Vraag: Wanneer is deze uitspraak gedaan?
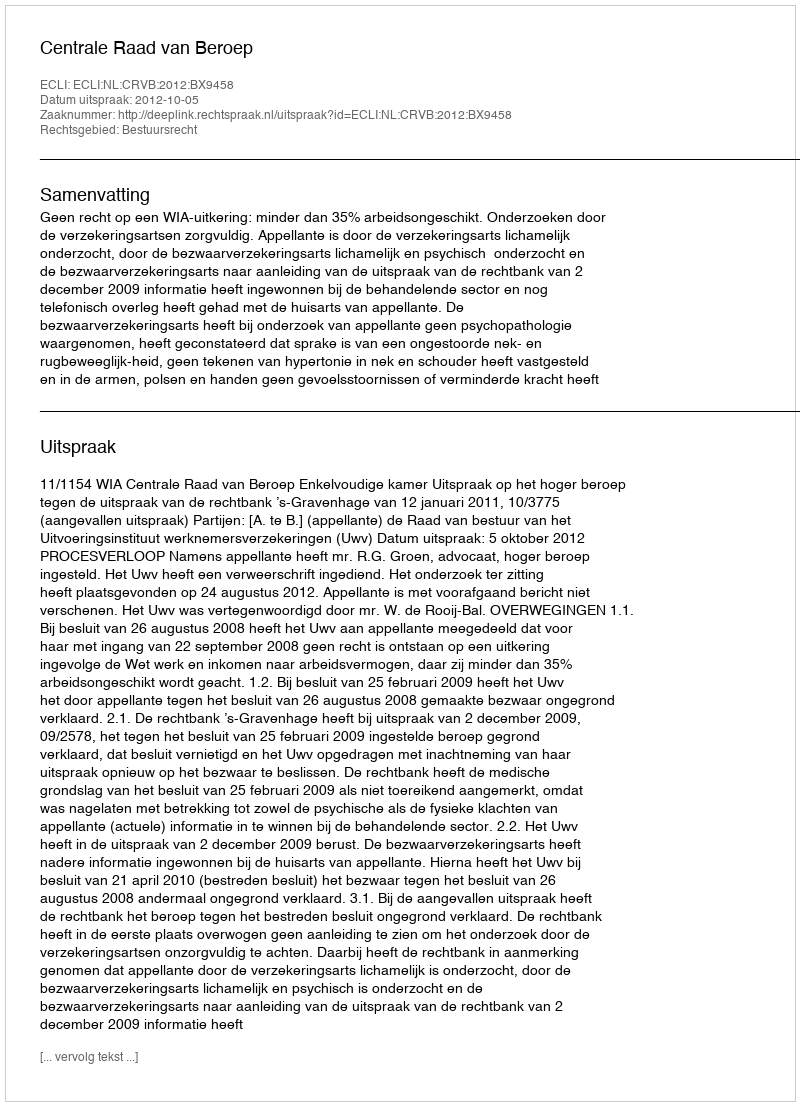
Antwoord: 2012-10-05